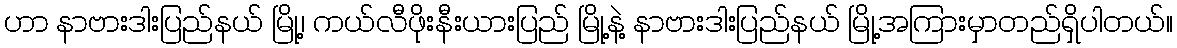
ဟာ နာဗားဒါးပြည်နယ် မြို့၊ ကယ်လီဖိုးနီးယားပြည် မြို့နဲ့ နာဗားဒါးပြည်နယ် မြို့အကြားမှာတည်ရှိပါတယ်။